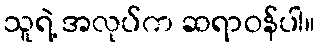
သူရဲ့ အလုပ်က ဆရာဝန်ပါ။